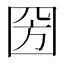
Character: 圀